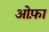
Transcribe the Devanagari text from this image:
ओफ़ा